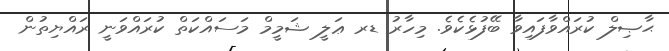
ޙާޞިލް ކުރައްވާފައިވާ ބޭފުޅެކެވެ. މިހާރު ޑރ ޢަލީ ޝަމީމް މަސައްކަތް ކުރައްވަނީ ރައްޔިތުން